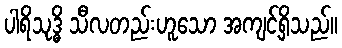
ပါရိသုဒ္ဓိ သီလတည်းဟူသော အကျင့်ရှိသည်။